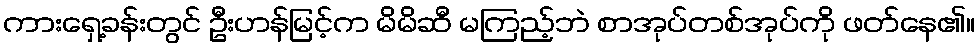
ကားရှေ့ခန်းတွင် ဦးဟန်မြင့်က မိမိဆီ မကြည့်ဘဲ စာအုပ်တစ်အုပ်ကို ဖတ်နေ၏။